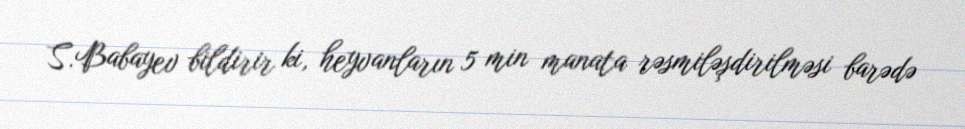
S.Babayev bildirir ki, heyvanların 5 min manata rəsmiləşdirilməsi barədə